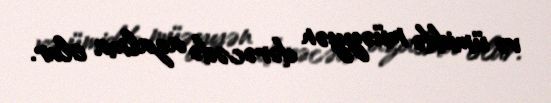
və ümiddə müəyyən dərəcədə azalma olur.